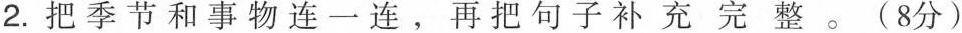
2.把季节和事物连一连，再把句子补充完整。(8分)